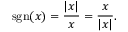
\operatorname { s g n } ( x ) = { \frac { | x | } { x } } = { \frac { x } { | x | } } .